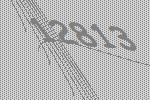
12813